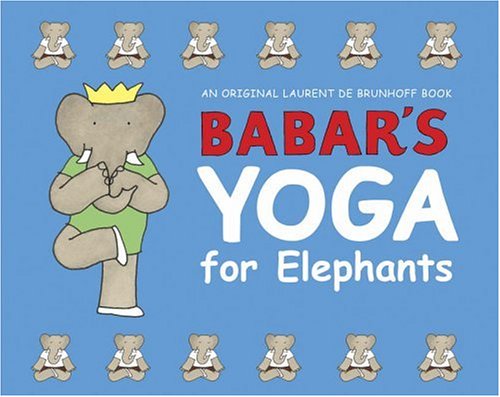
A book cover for Babar's Yoga for Elephants; Laurent de Brunhoff; Health, Fitness & Dieting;